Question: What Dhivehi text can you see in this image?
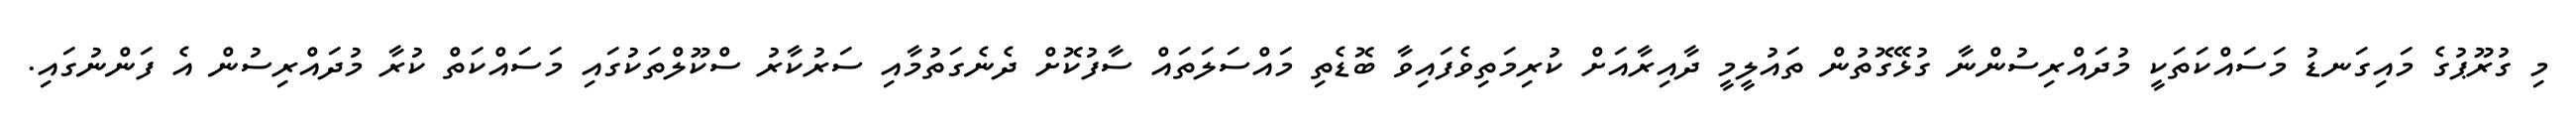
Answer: މި ގުރޫޕުގެ މައިގަނޑު މަސައްކަތަކީ މުދައްރިސުންނާ ގުޅޭގޮތުން ތައުލީމީ ދާއިރާއަށް ކުރިމަތިވެފައިވާ ބޮޑެތި މައްސަލަތައް ސާފުކޮށް ދެނެގަތުމާއި ސަރުކާރު ސްކޫލްތަކުގައި މަސައްކަތް ކުރާ މުދައްރިސުން އެ ފަންނުގައި.